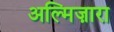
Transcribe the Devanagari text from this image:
अल्मिज़ारा